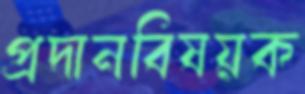
প্রদানবিষয়ক